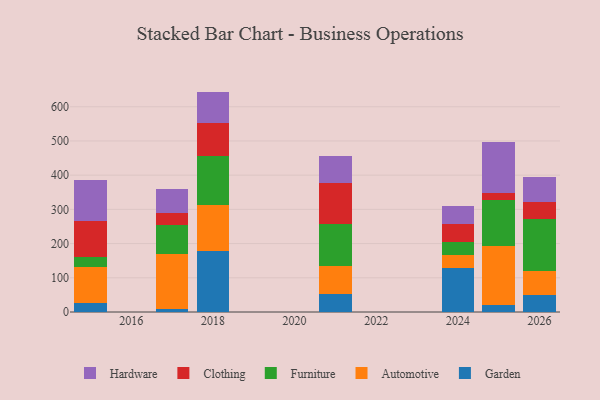
{"axis": {"x": "Year", "y": "Waste Production (Tons)"}, "legend": ["Automotive", "Clothing", "Furniture", "Garden", "Hardware"], "data": [{"x": "2021", "y": 53.8, "type": "Garden"}, {"x": "2021", "y": 79.6, "type": "Automotive"}, {"x": "2021", "y": 123.3, "type": "Furniture"}, {"x": "2021", "y": 120.2, "type": "Clothing"}, {"x": "2021", "y": 79.8, "type": "Hardware"}, {"x": "2026", "y": 50.4, "type": "Garden"}, {"x": "2026", "y": 70.5, "type": "Automotive"}, {"x": "2026", "y": 149.7, "type": "Furniture"}, {"x": "2026", "y": 51.9, "type": "Clothing"}, {"x": "2026", "y": 71.2, "type": "Hardware"}, {"x": "2017", "y": 9.4, "type": "Garden"}, {"x": "2017", "y": 160.9, "type": "Automotive"}, {"x": "2017", "y": 84.0, "type": "Furniture"}, {"x": "2017", "y": 34.1, "type": "Clothing"}, {"x": "2017", "y": 70.1, "type": "Hardware"}, {"x": "2024", "y": 128.3, "type": "Garden"}, {"x": "2024", "y": 38.6, "type": "Automotive"}, {"x": "2024", "y": 38.2, "type": "Furniture"}, {"x": "2024", "y": 51.9, "type": "Clothing"}, {"x": "2024", "y": 52.5, "type": "Hardware"}, {"x": "2018", "y": 177.3, "type": "Garden"}, {"x": "2018", "y": 135.1, "type": "Automotive"}, {"x": "2018", "y": 144.0, "type": "Furniture"}, {"x": "2018", "y": 97.5, "type": "Clothing"}, {"x": "2018", "y": 90.4, "type": "Hardware"}, {"x": "2015", "y": 25.6, "type": "Garden"}, {"x": "2015", "y": 105.3, "type": "Automotive"}, {"x": "2015", "y": 29.1, "type": "Furniture"}, {"x": "2015", "y": 106.8, "type": "Clothing"}, {"x": "2015", "y": 118.4, "type": "Hardware"}, {"x": "2025", "y": 19.5, "type": "Garden"}, {"x": "2025", "y": 172.8, "type": "Automotive"}, {"x": "2025", "y": 135.7, "type": "Furniture"}, {"x": "2025", "y": 20.5, "type": "Clothing"}, {"x": "2025", "y": 149.5, "type": "Hardware"}]}